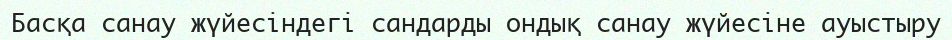
Басқа санау жүйесiндегi сандарды ондық санау жүйесiне ауыстыру